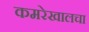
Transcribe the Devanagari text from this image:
कमरेखालचा